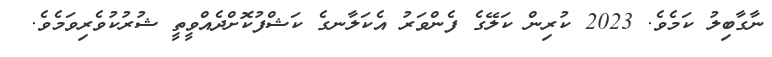
ނާގާބިލު ކަމެވެ. 2023 ކުރިން ކަލޭގެ ފެންވަރު އެކަލާނގެ ކަޝްފުކޮށްދެއްވީތީ ޝުރުކުވެރިވަމެވެ.